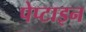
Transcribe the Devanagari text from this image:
पेप्टाइन